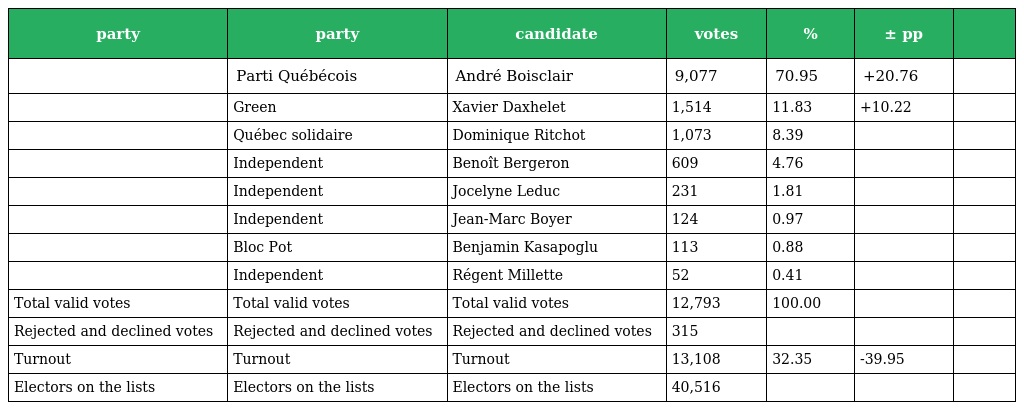
| party | party | candidate | votes | % | ± pp |  |
 | --- | --- | --- | --- | --- | --- | --- |
 |  | Parti Québécois | André Boisclair | 9,077 | 70.95 | +20.76 |  |
 |  | Green | Xavier Daxhelet | 1,514 | 11.83 | +10.22 |  |
 |  | Québec solidaire | Dominique Ritchot | 1,073 | 8.39 |  |  |
 |  | Independent | Benoît Bergeron | 609 | 4.76 |  |  |
 |  | Independent | Jocelyne Leduc | 231 | 1.81 |  |  |
 |  | Independent | Jean-Marc Boyer | 124 | 0.97 |  |  |
 |  | Bloc Pot | Benjamin Kasapoglu | 113 | 0.88 |  |  |
 |  | Independent | Régent Millette | 52 | 0.41 |  |  |
 | Total valid votes | Total valid votes | Total valid votes | 12,793 | 100.00 |  |  |
 | Rejected and declined votes | Rejected and declined votes | Rejected and declined votes | 315 |  |  |  |
 | Turnout | Turnout | Turnout | 13,108 | 32.35 | -39.95 |  |
 | Electors on the lists | Electors on the lists | Electors on the lists | 40,516 |  |  |  |